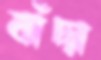
বাঁদা